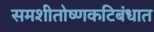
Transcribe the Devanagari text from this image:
समशीतोष्णकटिबंधात